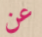
عن